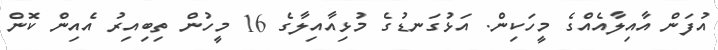
އުފަން އާއިލާއެއްގެ މީހަކިން. އަޅުގަނޑުގެ މުޅިއާއިލާގެ 16 މީހުން ތިބިއިރު އެއިން ކޮން